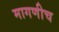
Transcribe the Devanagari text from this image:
मागणीच